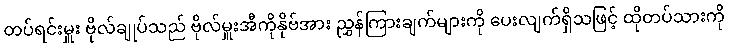
တပ်ရင်းမှူး ဗိုလ်ချုပ်သည် ဗိုလ်မှူးအီကိုနိုဗ်အား ညွှန်ကြားချက်များကို ပေးလျက်ရှိသဖြင့် ထိုတပ်သားကို